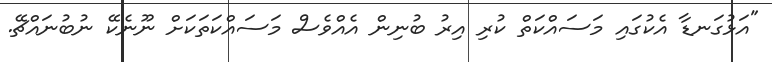
"އަޅުގަނޑާ އެކުގައި މަސައްކަތް ކުރި އިރު ބުނިން އެއްވެސް މަސައްކަތަކަށް ނޫނެކޭ ނުބުނައްޗޭ.